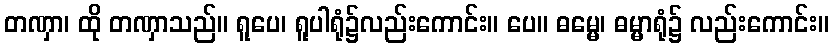
တဏှာ၊ ထို တဏှာသည်။ ရူပေ၊ ရူပါရုံ၌လည်းကောင်း။ ပေ။ ဓမ္မေ၊ ဓမ္မာရုံ၌ လည်းကောင်း။